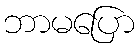
ဘာမပြော